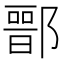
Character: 𨝶